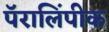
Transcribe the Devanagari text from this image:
पॅरालिंपीक